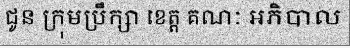
ជូន ក្រុមប្រឹក្សា ខេត្ត គណៈ អភិបាល